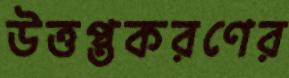
উত্তপ্তকরণের